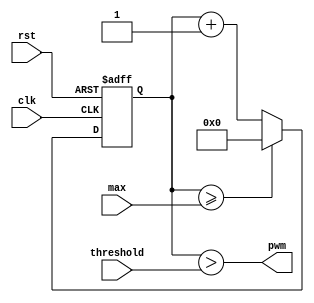
module pwm(
        input clk,
        input rst,
        input [WIDTH-1:0] threshold,
        input [WIDTH-1:0] max,
        output pwm
    );
    parameter WIDTH = 16;
    reg [WIDTH-1:0] counter;

    assign pwm = counter > threshold;

    always @ (posedge clk or negedge rst )
    begin
        if (!rst)
            counter <= 0;
        else if (counter >= max )
            counter <= 0;
        else
            counter <= counter+1;
    end
endmodule